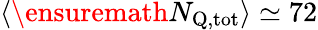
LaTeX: \langle\ensuremath{N_{\mathrm{Q,tot}}}\rangle\simeq 72